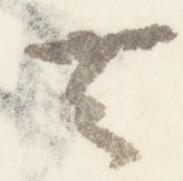
去